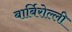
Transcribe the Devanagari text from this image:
बार्बिरोल्ली